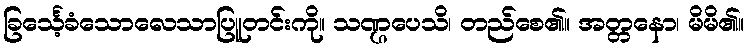
ခြင်္သေ့ခံသောလေသာပြူတင်းကို။ သဏ္ဌပေသိ၊ တည်စေ၏။ အတ္တနော၊ မိမိ၏။